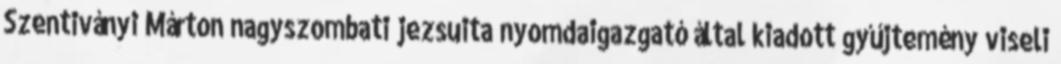
Szentiványi Márton nagyszombati jezsuita nyomdaigazgató által kiadott gyűjtemény viseli